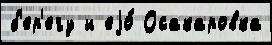
б'ер'егу и еjо́ Осакаровка